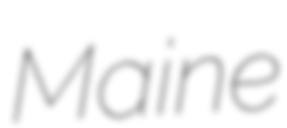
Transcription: Maine